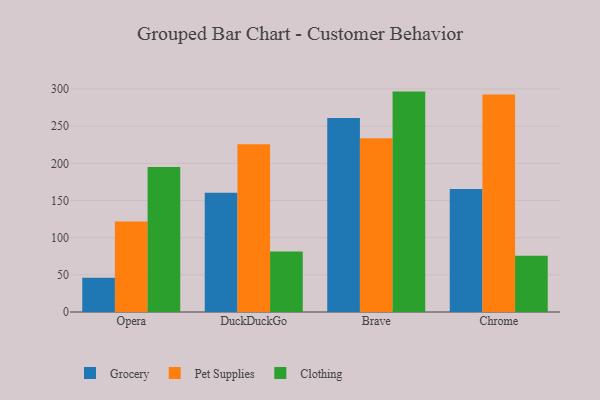
{"axis": {"x": "Browser", "y": "Customer Acquisition Cost (USD)"}, "legend": ["Clothing", "Grocery", "Pet Supplies"], "data": [{"x": "Opera", "y": 46.1, "type": "Grocery"}, {"x": "Opera", "y": 121.6, "type": "Pet Supplies"}, {"x": "Opera", "y": 195.2, "type": "Clothing"}, {"x": "DuckDuckGo", "y": 160.5, "type": "Grocery"}, {"x": "DuckDuckGo", "y": 225.7, "type": "Pet Supplies"}, {"x": "DuckDuckGo", "y": 81.4, "type": "Clothing"}, {"x": "Brave", "y": 260.9, "type": "Grocery"}, {"x": "Brave", "y": 233.8, "type": "Pet Supplies"}, {"x": "Brave", "y": 296.5, "type": "Clothing"}, {"x": "Chrome", "y": 165.6, "type": "Grocery"}, {"x": "Chrome", "y": 292.6, "type": "Pet Supplies"}, {"x": "Chrome", "y": 75.7, "type": "Clothing"}]}